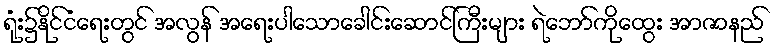
ရုံး၌နိုင်ငံရေးတွင် အလွန် အရေးပါသောခေါင်းဆောင်ကြီးများ ရဲဘော်ကိုထွေး အာဇာနည်